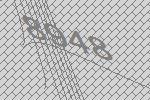
8948